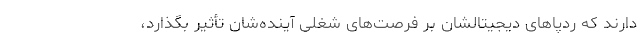
دارند که ردپاهای دیجیتالشان بر فرصت‌های شغلی آینده‌شان تأثیر بگذارد،